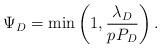
LaTeX: \begin{align*}\Psi_D =\min\left(1, \frac{\lambda_D}{p_{}P_D} \right).\end{align*}